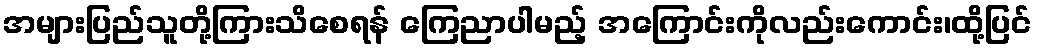
အများပြည်သူတို့ကြားသိစေရန် ကြေညာပါမည့် အကြောင်းကိုလည်းကောင်း၊ထို့ပြင်